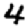
Digit: 4